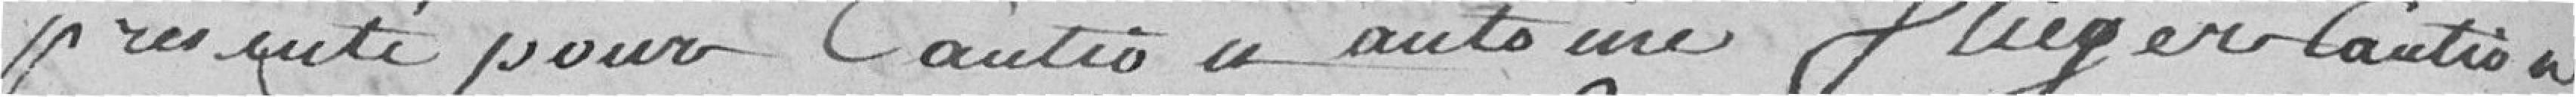
présente pour caution a Antoine Pflieger caution